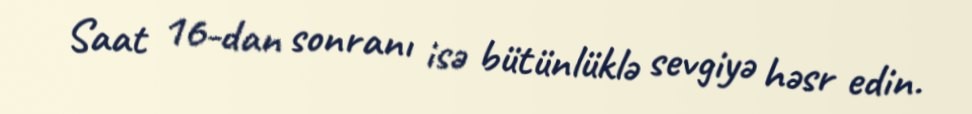
Saat 16-dan sonranı isə bütünlüklə sevgiyə həsr edin.